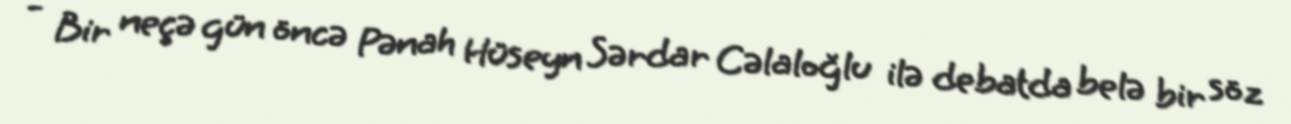
- Bir neçə gün öncə Pənah Hüseyn Sərdar Cəlaloğlu ilə debatda belə bir söz